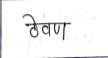
मजकूर: ठेवण